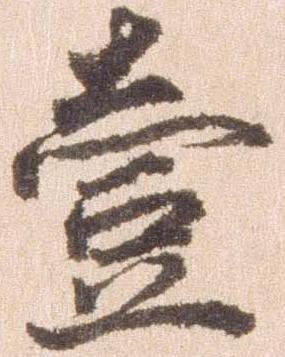
壱